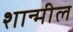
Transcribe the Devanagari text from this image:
शान्मील